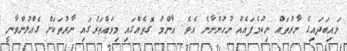
މައިބަދައިގެ ނާރުތައް ނިކުމެފައެއް ނުހުންނާނެ އެވެ. އާންމު ގޮތެއްގައި މިވައްތަރުގައި ނާރުތަކަށް ގެއްލުންވާނީ